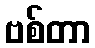
ဗစ်တာ